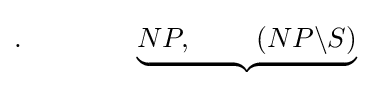
.\qquad \qquad \underbrace {NP,\;\qquad (NP\backslash S)}